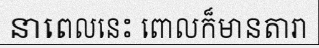
នាពេលនេះ ពោលក៏មានតារា